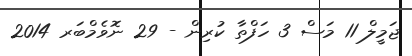
ޖަމީލް 11 މަސް 3 ހަފްތާ ކުރިން - 29 ނޮވެމްބަރ 2014